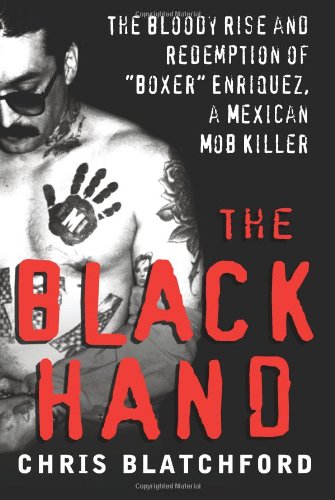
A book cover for The Black Hand: The Bloody Rise and Redemption of "Boxer" Enriquez, a Mexican Mob Killer; Chris Blatchford; Biographies & Memoirs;